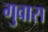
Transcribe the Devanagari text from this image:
गुवास